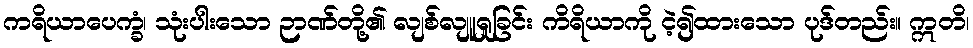
ကရိယာပေက္ခံ၊ သုံးပါးသော ဉာဏ်တို့၏ လျစ်လျူရှုခြင်း ကိရိယာကို ငဲ့၍ထားသော ပုဒ်တည်း။ ဣတိ၊